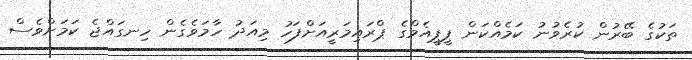
ތަކުގެ ބޭރުން ކުރެވުނު ކަމެއްކަން ޕީޕީއެމްގެ ޕްރައިމަރީއަށްފަހު މިއަދު ހާމަވެގެން ހިނގައްޖެ ކަމަށްވެސް